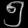
Digit: ၅